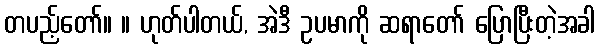
တပည့်တော်။ ။ ဟုတ်ပါတယ်, အဲဒီ ဥပမာကို ဆရာတော် ပြောပြီးတဲ့အခါ